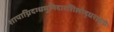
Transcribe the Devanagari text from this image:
शापाग्निदग्धमुनिदारशिलोद्धराङ्घ्रेः